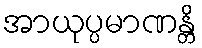
အာယုပ္ပမာဏန္တိ